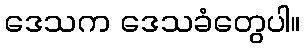
ဒေသက ဒေသခံတွေပါ။